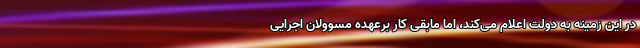
در این زمینه به دولت اعلام می‌کند، اما مابقی کار برعهده مسوولان اجرایی